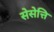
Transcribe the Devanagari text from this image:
सेसेत्ति